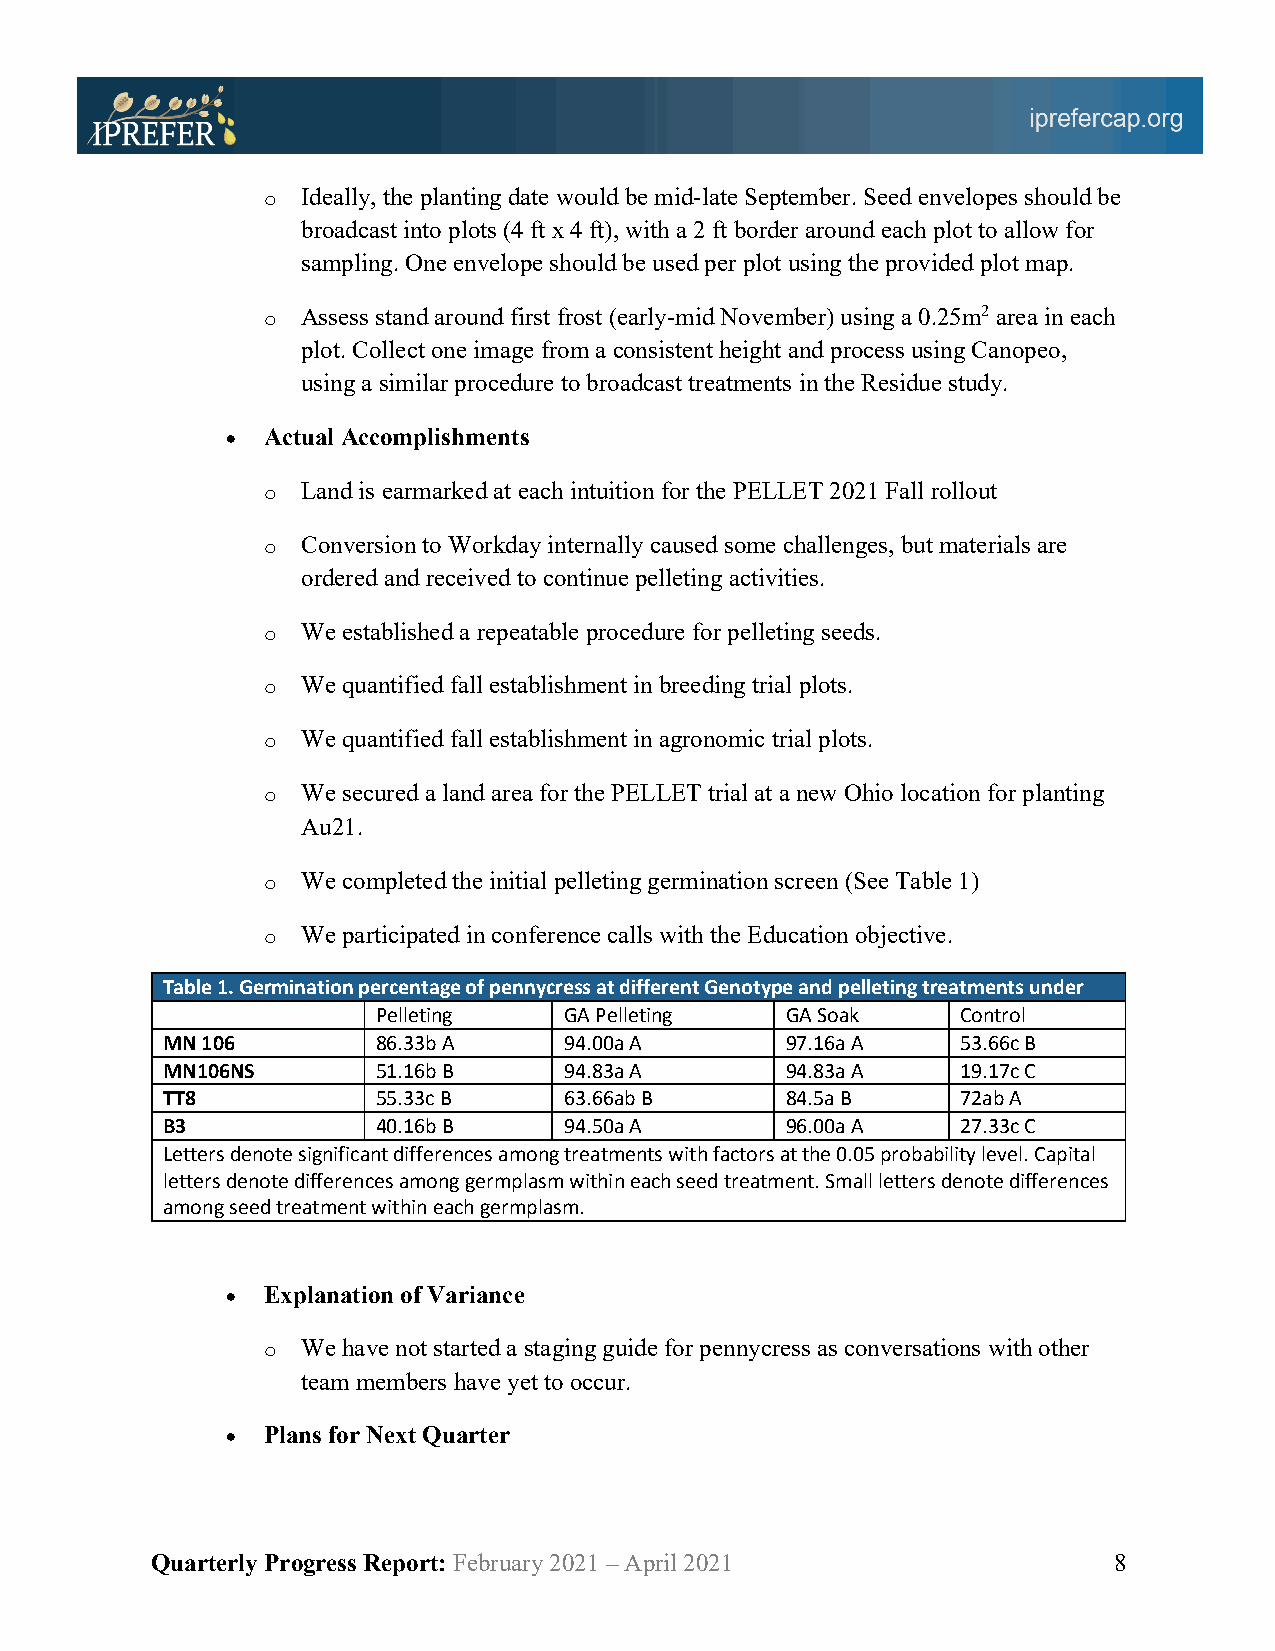
o  Ideally, the planting date would be mid-late September. Seed envelopes should be
 broadcast into plots (4 ft x 4 ft), with a 2 ft border around each plot to allow for
 sampling. One envelope should be used per plot using the provided plot map.
 o  Assess stand around first frost (early-mid November) using a 0.25m2 area in each
 plot. Collect one image from a consistent height and process using Canopeo,
 using a similar procedure to broadcast treatments in the Residue study.
 • Actual Accomplishments
 o  Land is earmarked at each intuition for the PELLET 2021 Fall rollout
 o  Conversion to Workday internally caused some challenges, but materials are
 ordered and received to continue pelleting activities.
 o  We established a repeatable procedure for pelleting seeds.
 o  We quantified fall establishment in breeding trial plots.
 o  We quantified fall establishment in agronomic trial plots.
 o  We secured a land area for the PELLET trial at a new Ohio location for planting
 Au21.
 o  We completed the initial pelleting germination screen (See Table 1)
 o  We participated in conference calls with the Education objective.
 T able 1. Germination percentage of pennycress at different Genotype and pelleting treatments under
 Pelleting   GA Pelleting   GA Soak     Control
 MN 106        86.33b A    94.00a A       97.16a A    53.66c B
 MN106NS       51.16b B    94.83a A       94.83a A    19.17c C
 TT8           55.33c B    63.66ab B      84.5a B     72ab A
 B3            40.16b B    94.50a A       96.00a A    27.33c C
 Letters denote significant differences among treatments with factors at the 0.05 probability level. Capital
 letters denote differences among germplasm within each seed treatment. Small letters denote differences
 among seed treatment within each germplasm.
 • Explanation of Variance
 o  We have not started a staging guide for pennycress as conversations with other
 team members have yet to occur.
 • Plans for Next Quarter
 Quarterly Progress Report: February 2021 – April 2021           8